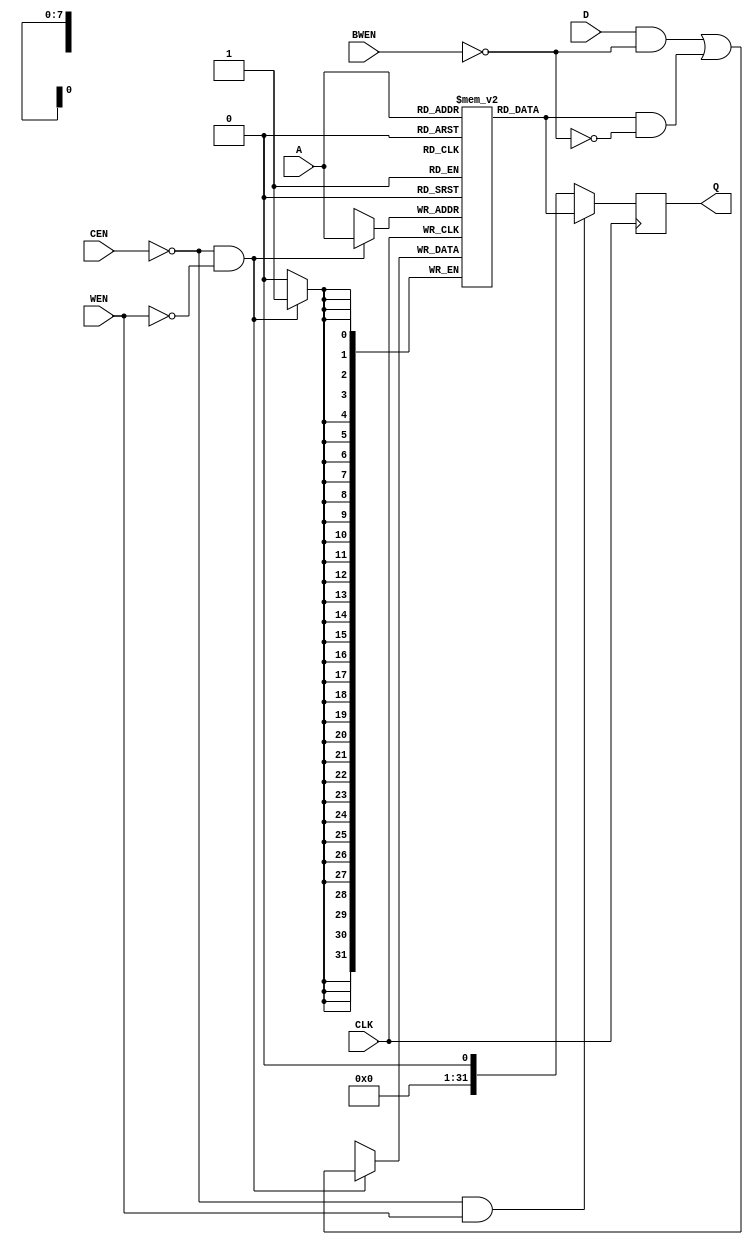
module S011HD1P_X64Y4D32_BW(
    Q, CLK, CEN, WEN, BWEN, A, D
);
parameter Bits = 32;
parameter Word_Depth = 256;
parameter Add_Width = 8;
parameter Wen_Width = 32;

output reg [Bits-1:0] Q;
input                 CLK;
input                 CEN;
input                 WEN;
input [Wen_Width-1:0] BWEN;
input [Add_Width-1:0] A;
input [Bits-1:0]      D;

wire cen  = ~CEN;
wire wen  = ~WEN;
wire [Wen_Width-1:0] bwen = ~BWEN;

reg [Bits-1:0] ram [0:Word_Depth-1];
always @(posedge CLK) begin
    if(cen && wen) begin
        ram[A] <= (D & bwen) | (ram[A] & ~bwen);
    end
    Q <= cen && !wen ? ram[A] : $random;
end

endmodule